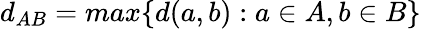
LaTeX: d_{AB}=max\{ d(a,b):a\in A,b\in B\}